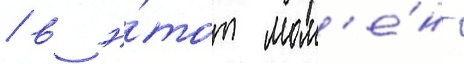
/ в э́тот мом'е́нт